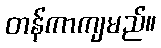
တန်ကာကျမည်။